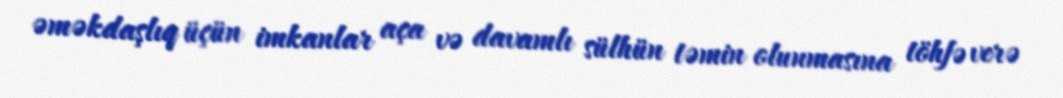
əməkdaşlıq üçün imkanlar aça və davamlı sülhün təmin olunmasına töhfə verə